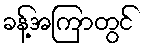
ခန့်အကြာတွင်